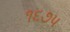
૧૬૭૫